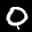
Label: 0